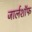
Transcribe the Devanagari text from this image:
जार्लशॉफ